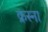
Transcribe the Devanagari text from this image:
क्रस्ना